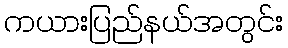
ကယားပြည်နယ်အတွင်း